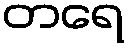
တရေ